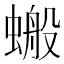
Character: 𧏘